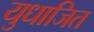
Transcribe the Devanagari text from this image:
युधाजित